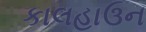
કાલહાઉન